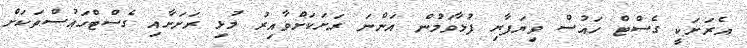
އެރަށަކީ ގެސްޓް ހައުސް ވިޔަފާރި ފުޅާވަމުން އަންނަ ރަށަކަށްވާއިރު މުޅި ރަށަށާއި ގެސްޓްހައުސްތަކަށް